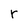
Character: r